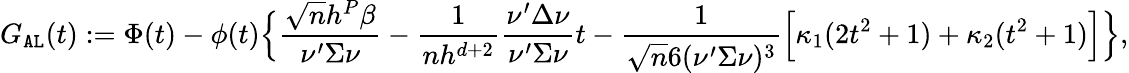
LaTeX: G_{\mathtt{AL}}(t):=\Phi(t)-\phi(t)\Big\{ \frac{\sqrt{n}h^{P}\beta}{\nu^{\prime}\Sigma\nu}-\frac{1}{nh^{d+2}}\frac{\nu^{\prime}\Delta\nu}{\nu^{\prime}\Sigma\nu}t-\frac{1}{\sqrt{n}6(\nu^{\prime}\Sigma\nu)^{3}}\Big[\kappa_{1}(2t^{2}+1)+\kappa_{2}(t^{2}+1)\Big]\Big\} ,